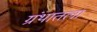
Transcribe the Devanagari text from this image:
ग्रंथातला